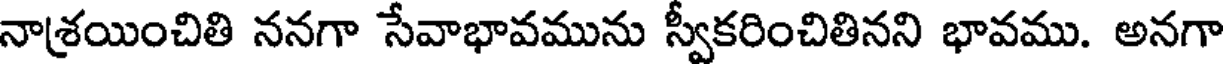
నాశ్రయించితి ననగా సేవాభావమును స్వీకరించితినని భావము. అనగా